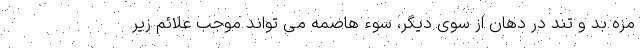
مزه بد و تند در دهان از سوی دیگر، سوء هاضمه می تواند موجب علائم زیر